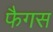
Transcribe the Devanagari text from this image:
फैगस